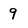
Character: 9